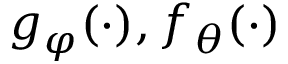
g _ { \varphi } ( \cdot ) , f _ { \theta } ( \cdot )